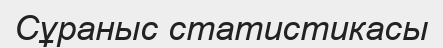
Сұраныс статистикасы